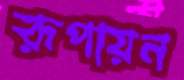
রূপায়ন